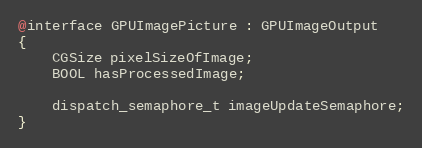
Language: C
@interface GPUImagePicture : GPUImageOutput
{
    CGSize pixelSizeOfImage;
    BOOL hasProcessedImage;

    dispatch_semaphore_t imageUpdateSemaphore;
}